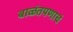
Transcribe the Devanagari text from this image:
बाळंतपणाचं